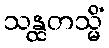
သန္ထတသ္မိံ